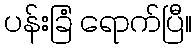
ပန်းခြံ ရောက်ပြီ။